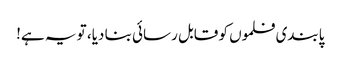
پابندی فلموں کو قابل رسائی بنا دیا، تو یہ ہے!